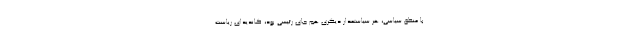
با منطق سیاسی، هر سیاستمدار دیگری هم جای رئیسی بود، کاندیدای ریاست